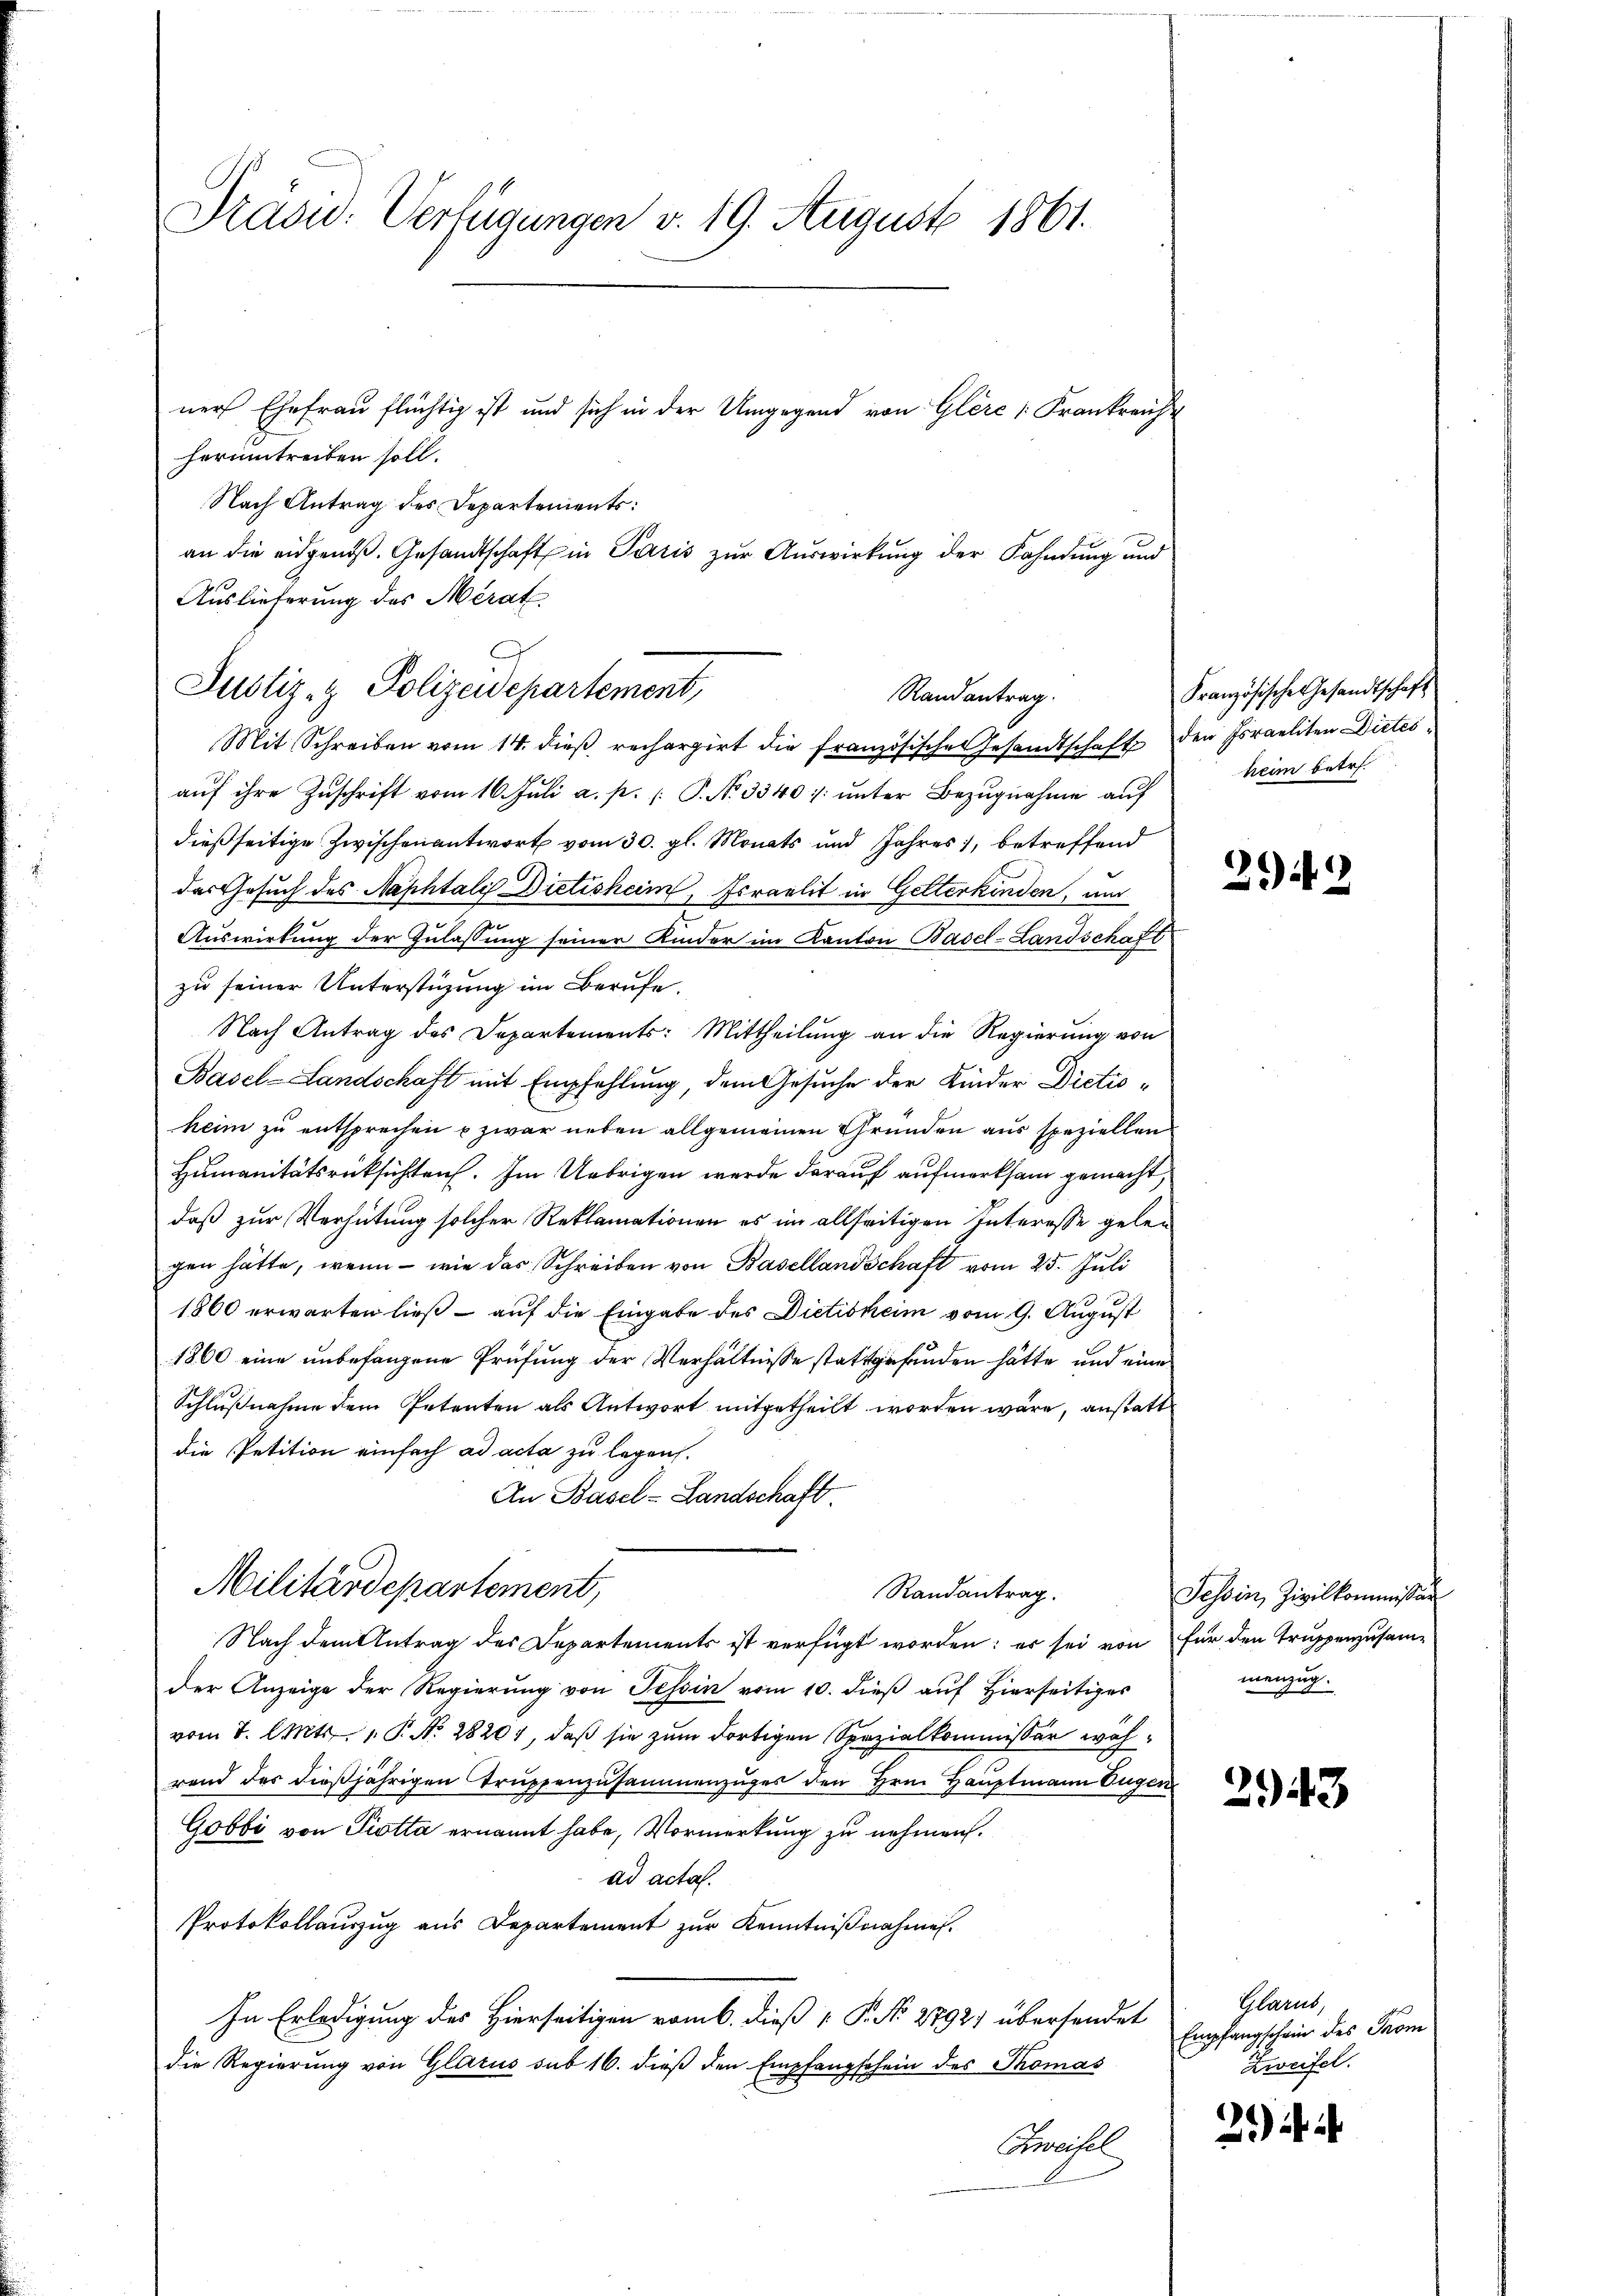
an die eidgen. Gesandtschaft in Paris zur Auswirkung der Kahndung und
Auslieferung des Merat

Präsid. Verfügungen v. 19. August 1861.
ner Ehefrau flüchtig ist und sich in der Umgegend von Glère [Frankreich
herumtreiben soll.
Nach Antrag des Departements:

Justiz- & Polizeidepartement,
Randantrag.
Mit Schreiben vom 14. dieß rechargirt die französischen Gesandtschaft den Israeliten Dietes

aŭf ihre Zŭschrift vom 16. Jŭli a. p. /: P. No 3340 :/. ŭnter Bezŭgnahme aŭf
dießseitige Zwischen antwort vom 30. gl. Monats und Jahres, betreffend
das Gesuch des Naphtalis Dietisheim, Israelit in Gelterkinden, um
n
Auswirkung der Zulassung seiner Kinder im Kanton Basel-Landschaft
zu seiner Unterstüzung im Berufe.
Nach Antrag des Departements: Mittheilung an die Regierung von
Basel-Landschaft mit Empfehlung, dem Gesuche der Kinder Dictioheim zu entsprechen u zwar neben allgemeinen Gründen aus speziellen
Humanitätsrücksichten. Im Uebrigen werde darauf aufmerksam gemacht,
daß zur Verhütung solcher Reklamationen es im allseitigen Interesse gelegen hätte, wenn - wie das Schreiben von Basellandschaft vom 25. Juli
1860 erwarten ließ – auf die Eingabe des Dietiskeim vom 9. August
1860 eine unbefangene Prüfung der Verhältnisse stattgefunden hätte, und eine
Schlußnahme dem Petenten als Antwort mitgetheilt worden wäre, anstatt
die Petition einfach ad acta zu legen.
An Basel-Landschaft.
Militärdepartement,
Randantrag.
Nach dem Antrag des Departements ist verfügt worden; es sei von
der Anzeige der Regierŭng von Tessin vom 10. dieβ aŭf hierseitiges
vom 7. Okt. 1. No. 28201, daß sie zum dortigen Spezialkommissär während der dießjährigen Trŭppenzusammenzuges den Hrn. Hauptmann Eugen
Gobbi von Piotta ernannt habe, Vormerkung zu nehmen.
ad acta.
Protokollauszug aus Departement zur Kenntnißnahmen.
In Erledigung des Hierseitigen vom 6. dieß [ P. No 27921 übersendet
die Regierung von Glarus sub 16. dieß den Empfangschein des Thomas
Zweifel

Französische Gesandtschaft
heim betr.

294. 2

Tessin, Zivilkommissi
für den Truppenzusammenzug.

2943

Glarus,
Empfangschein des Prom
Zweifel.

21).